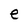
Character: e